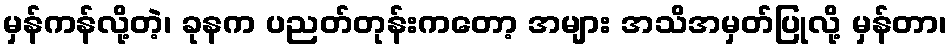
မှန်ကန်လို့တဲ့၊ ခုနက ပညတ်တုန်းကတော့ အများ အသိအမှတ်ပြုလို့ မှန်တာ၊